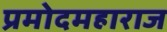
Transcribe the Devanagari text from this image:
प्रमोदमहाराज